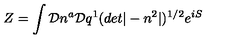
Z = \int { \cal D } n ^ { a } { \cal D } q ^ { 1 } ( d e t | - n ^ { 2 } | ) ^ { 1 / 2 } e ^ { i S }